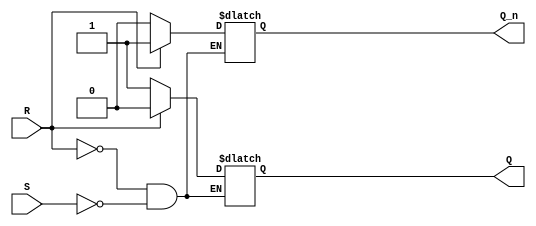
module sr_latch (
  input S,
  input R,
  output reg Q,
  output reg Q_n
);

always @* begin
  if (R)
    begin
      Q <= 0;
      Q_n <= 1;
    end
  else if (S)
    begin
      Q <= 1;
      Q_n <= 0;
    end
end

endmodule